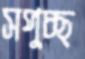
সপুচ্ছ